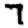
Digit: 7